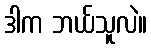
ဒါက ဘယ်သူလဲ။